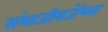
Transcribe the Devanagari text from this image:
संभाजीराजेंच्या